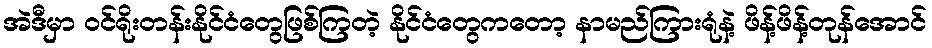
အဲဒီမှာ ဝင်ရိုးတန်းနိုင်ငံတွေဖြစ်ကြတဲ့ နိုင်ငံတွေကတော့ နာမည်ကြားရုံနဲ့ ဖိန့်ဖိန့်တုန်အောင်